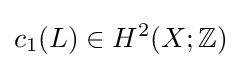
c_{1}(L)\in H^{2}(X;\mathbb {Z} )